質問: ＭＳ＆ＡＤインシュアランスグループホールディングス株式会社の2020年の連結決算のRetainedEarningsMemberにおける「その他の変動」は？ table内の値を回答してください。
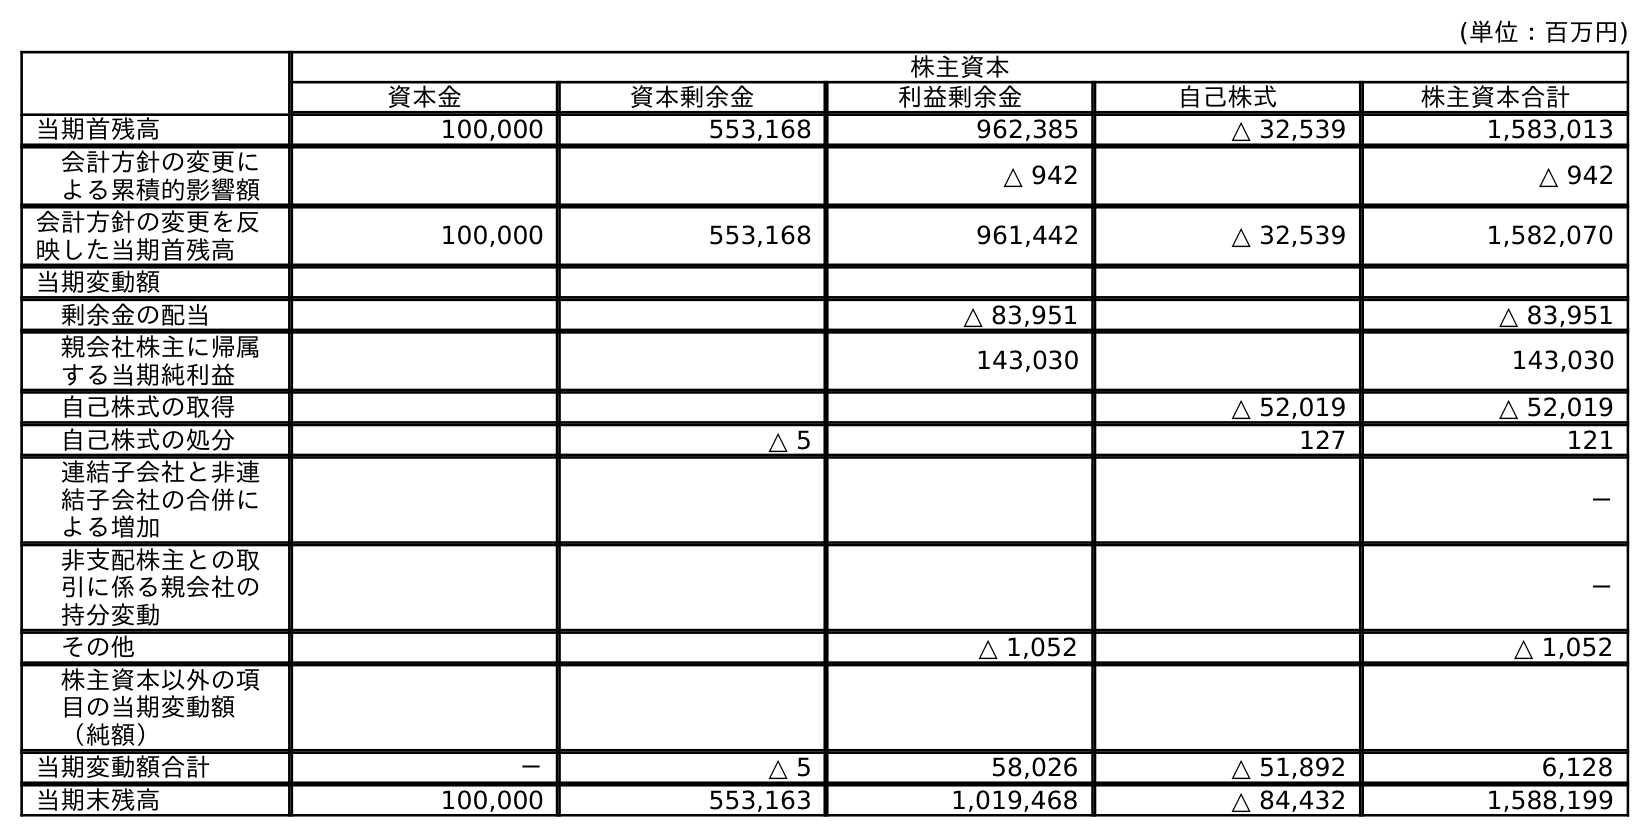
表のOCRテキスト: (単位：百万円) 株主資本 資本金 資本剰余金 利益剰余金 自己株式 株主資本合計 当期首残高 100,000 553,168 962,385 △ 32,539 1,583,013 会計方針の変更に よる累積的影響額 △ 942 △ 942 会計方針の変更を反 映した当期首残高 100,000 553,168 961,442 △ 32,539 1,582,070 当期変動額 剰余金の配当 △ 83,951 △ 83,951 親会社株主に帰属 する当期純利益 143,030 143,030 自己株式の取得 △ 52,019 △ 52,019 自己株式の処分 △ 5 127 121 連結子会社と非連 結子会社の合併に よる増加 － 非支配株主との取 引に係る親会社の 持分変動 － その他 △ 1,052 △ 1,052 株主資本以外の項 目の当期変動額 （純額） 当期変動額合計 － △ 5 58,026 △ 51,892 6,128 当期末残高 100,000 553,163 1,019,468 △ 84,432 1,588,199
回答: △1,052